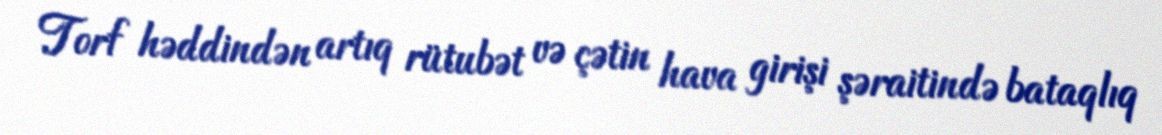
Torf həddindən artıq rütubət və çətin hava girişi şəraitində bataqlıq